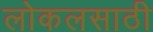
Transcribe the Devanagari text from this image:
लोकलसाठी